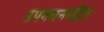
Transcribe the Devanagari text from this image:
उपनयनरहित